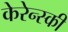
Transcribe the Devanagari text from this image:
केरेन्स्की